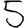
Digit: 5